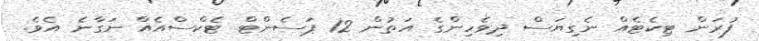
ފުރަން ޓިކެޓެއް ނެގިޔަސް ދިވެހިންގެ އަތުން 12 ޕަސެންޓް ޓެކްސްއެއް ނަގާނެ އެވެ.